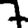
Digit: 7